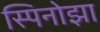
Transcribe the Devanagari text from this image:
स्पिनोझा